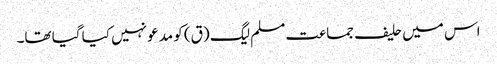
اس میں حلیف جماعت مسلم لیگ (ق) کو مدعو نہیں کیا گیا تھا۔